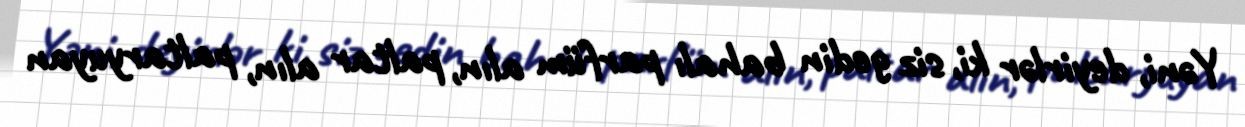
Yəni, deyirlər ki, siz gedin bahalı parfüm alın, paltar alın, paltaryuyan